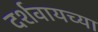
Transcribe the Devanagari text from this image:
दर्शवायच्या